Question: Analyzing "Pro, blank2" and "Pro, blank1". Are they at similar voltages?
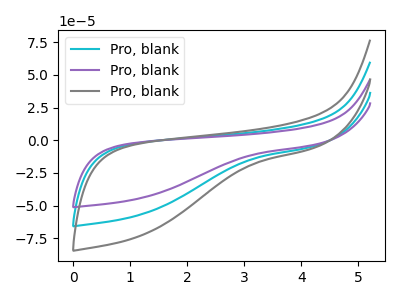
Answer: <think>The cyan curve "Pro, blank1" has no peaks. The purple curve "Pro, blank2" has no peaks. The gray curve "Pro, blank3" has no peaks.
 Neither "Pro, blank2" or "Pro, blank1" have any peaks.</think>
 <answer>"Pro, blank2" and "Pro, blank1" are similar in shape.</answer>
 <eval>same_shape</eval>